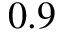
0 . 9